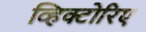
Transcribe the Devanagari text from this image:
व्हिक्टोरिए